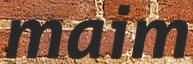
maim